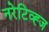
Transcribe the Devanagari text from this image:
नरेटिव्ह्ज